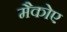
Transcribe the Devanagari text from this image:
मैकोए